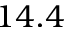
1 4 . 4